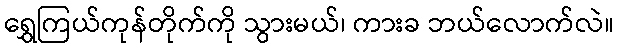
ရွှေကြယ်ကုန်တိုက်ကို သွားမယ်၊ ကားခ ဘယ်လောက်လဲ။